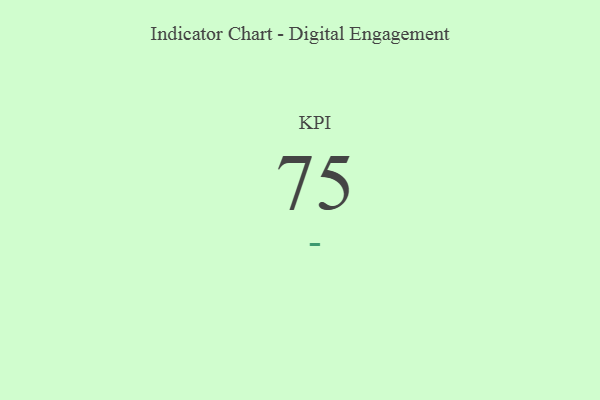
{"axis": {"x": "KPI", "y": "Value"}, "legend": [""], "data": [{"x": "KPI", "y": 75, "type": ""}]}